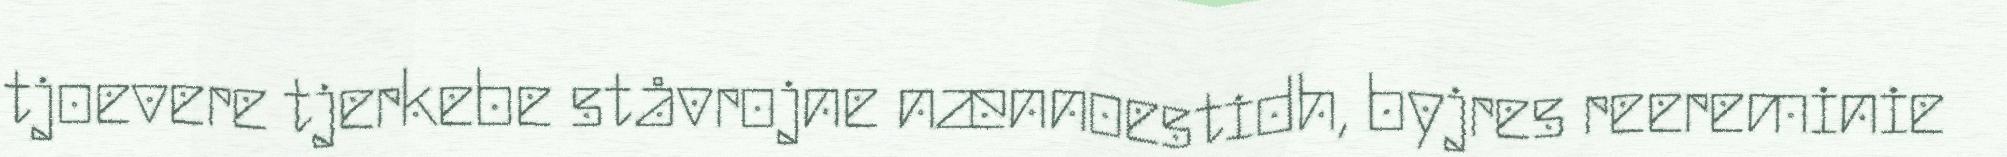
tjoevere tjerkebe ståvrojne nænnoestidh, byjres reereminie